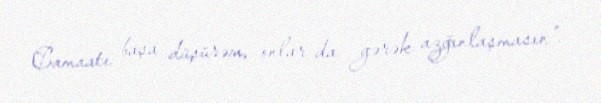
Camaatı başa düşürəm, onlar da gərək azğınlaşmasın”.